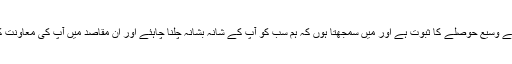
یہ جماعت کے وسیع حوصلے کا ثبوت ہے اور میں سمجھتا ہوں کہ ہم سب کو آپ کے شانہ بشانہ چلنا چاہئے اور ان مقاصد میں آپ کی معاونت کرنی چاہئے۔